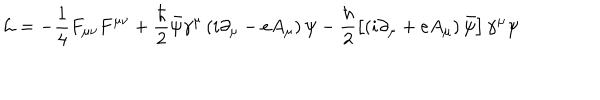
{ \cal L } = - \frac { 1 } { 4 } F _ { \mu \nu } F ^ { \mu \nu } + \frac { \hbar } { 2 } \bar { \psi } \gamma ^ { \mu } \left( i \partial _ { \mu } - e A _ { \mu } \right) \psi - \frac { \hbar } { 2 } \left[ \left( i \partial _ { \mu } + e A _ { \mu } \right) \bar { \psi } \right] \gamma ^ { \mu } \psi